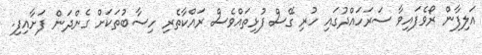
އަލިފާން ރޯވެފައިވާ ސަރަހައްދުގައި ހުރި ގޭސް ފުޅިތައްވެސް ރައްކާތެރި ހިސާބުތަކަށް ގެންދަން ފަށާއިފި.